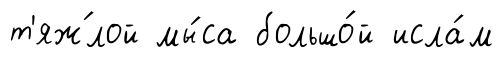
т'яж́лой мы́са большо́й исла́м